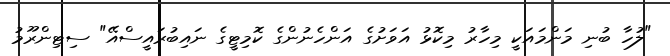
"ލުހާ ބުނި މަންމައަކީ މިހާރު މިކޮޅު އަވަށުގެ އަންހެނުންގެ ކޮމިޓީގެ ނައިބުރައީސްއޭ" ސިޓިންރޫމު